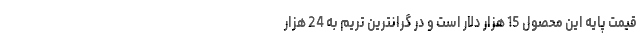
قیمت پایه این محصول 15 هزار دلار است و در گرانترین تریم به 24 هزار